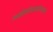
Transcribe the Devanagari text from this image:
आईकॉलमप्रोवाइडर